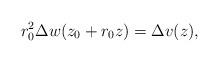
LaTeX: \begin{align*}r_0^2 \Delta w (z_0 + r_0 z) = \Delta v (z),\end{align*}